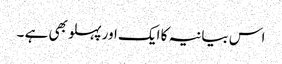
اس بیانیہ کا ایک اور پہلو بھی ہے ۔